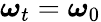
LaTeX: \boldsymbol{\omega}_{t}=\boldsymbol{\omega}_{0}